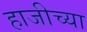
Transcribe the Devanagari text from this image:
हाजीच्या